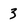
Character: 3